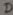
Text: D